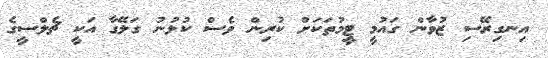
އިނގިރޭސި ޒުވާން ގައުމީ ޓީމުތަކަށް ކުރިން ވެސް ކުޅުނު ގަލޭގާ އަކީ ޗެލްސީގެ